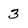
Character: 3